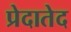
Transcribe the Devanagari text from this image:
प्रेदातेद